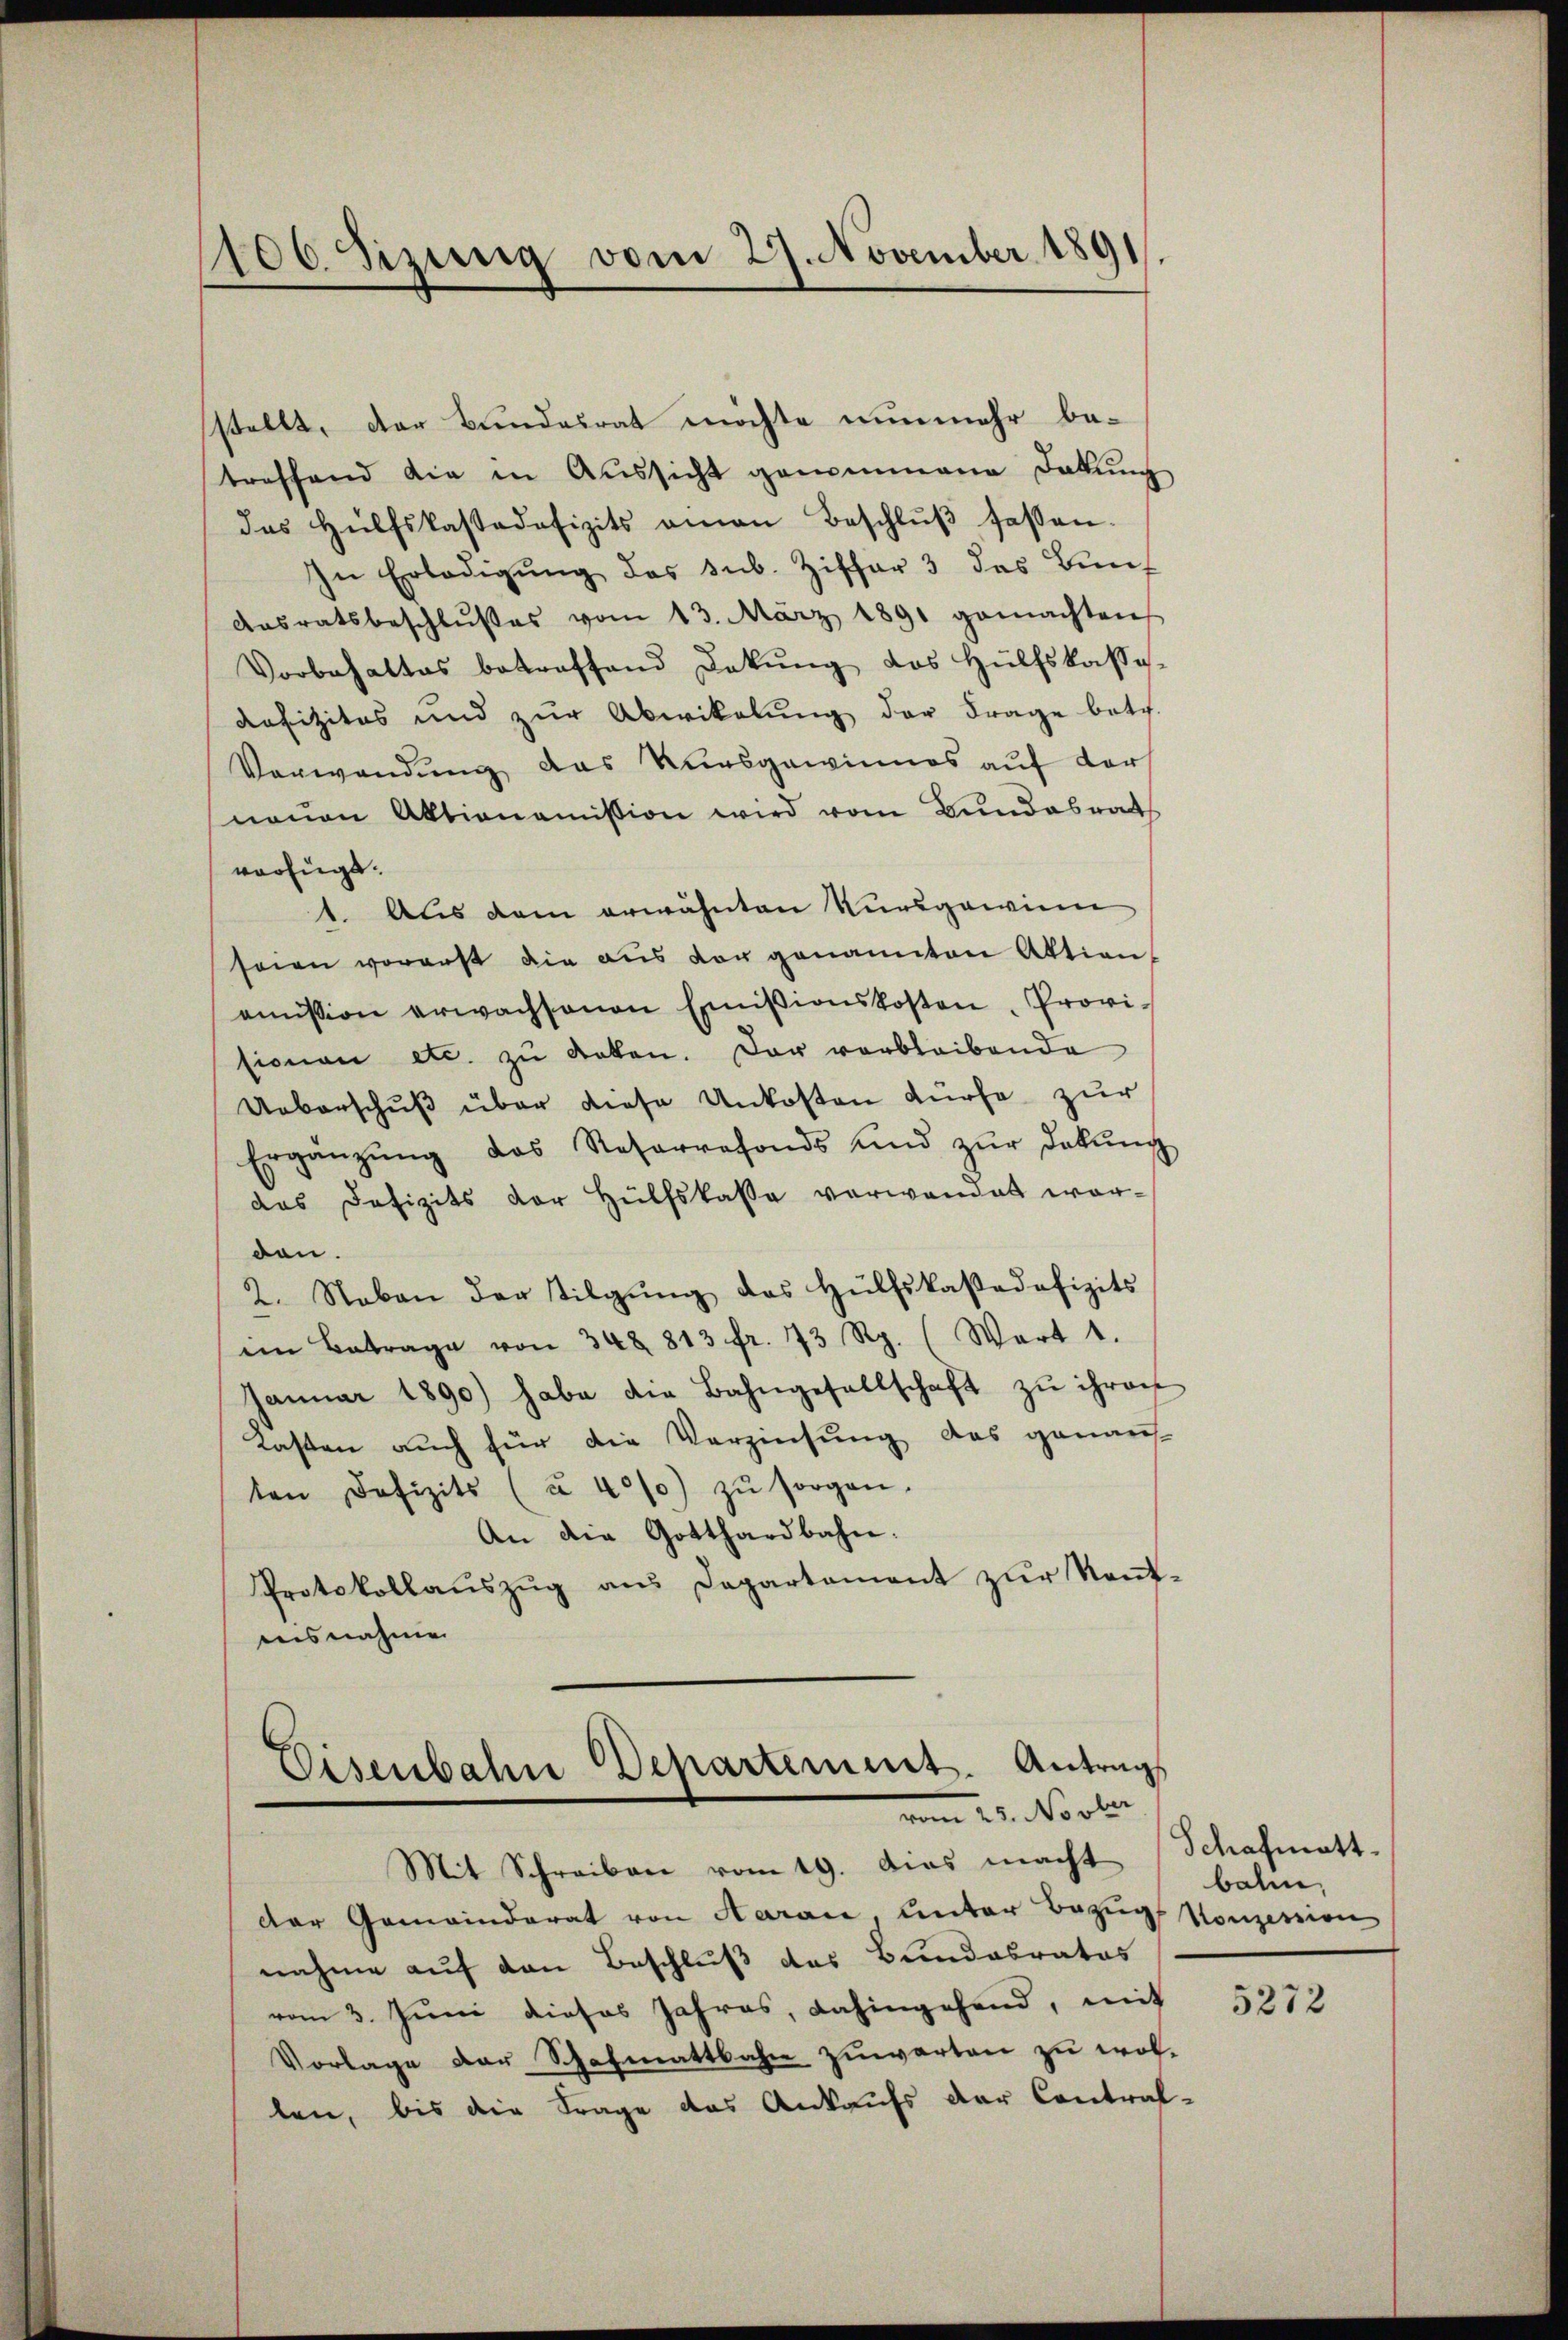
106. Sizung vom 27. November 1891.

stellt, der Bundesrat möchte nunmehr betreffend die in Aŭssicht genommene Dekŭng
das Hülfskassadefizits amen Beschlŭβ fassen.
In Erledigŭng des sub. Ziffer 3 das Bun¬
Ansratsbeschlŭβes vom 13. März 1891 gemachten
Vorbehaltes betreffend Dekŭng des Hülfskasse.
Refizites und zŭr Abwikalŭng der Frage betr.
Verwendung das Kursgewinnes auf der
neuen Aktionomission wird vom Bundesrath
verfügt.
1. Aus dem erwähnten Kursgewinn
seien voraust die aŭs von genannten Aktion,
oṁission erwachsenen Emissionskosten. Provisionen etc. zŭ deken. Der verbleibende
Ueberschuß über diese Unkosten dürfe zur
Ergänzŭng des Reservefonds und zŭr Dekŭng
das Defizits der Hülfskasse verwandet wor-
don.
2. Neben der Tilgŭng das Hülfskassadefizits
ein Betrage von 348 813 fr. 73 Rp. (Wert 1.
Janŭar 1890) habe die Bahngesellschaft zŭ ihren
Kasten auch für die Verzinsung das genaus-
ten Defizits (u. 40%) zŭ sorgen.
An die Gotthardbahn.
Protokollaŭszŭg ans Departement zur Neŭf-
ausnahmen

Eisenbahne Departement. Antrags
vom 25. Novber
Mit Schreiben vom 19. dies macht (Schafmatt.

der Gemeinderat von Aaran, unter Bezugs Konzession
nahme auf den Beschluß des Bundesrates
vom 3. Juni dieses Jahres, dahingehend, mit
Vorlage der Schafmattbahn zuwarten zu wol-
len, bis die Frage das Ankaufs der Contral-

balm,

5272